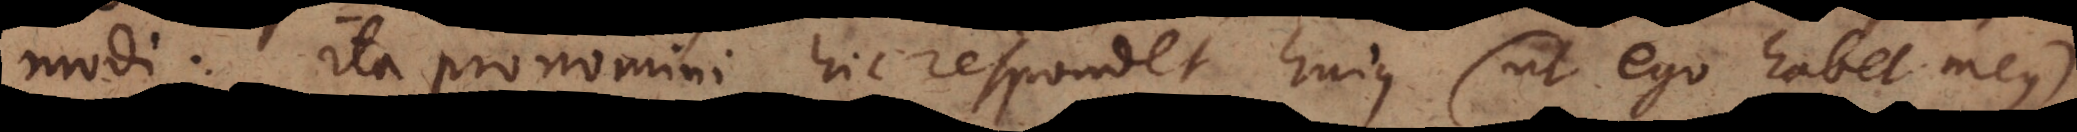
modi: ita pronomini hic respondet hujus (ut ego habet meus),